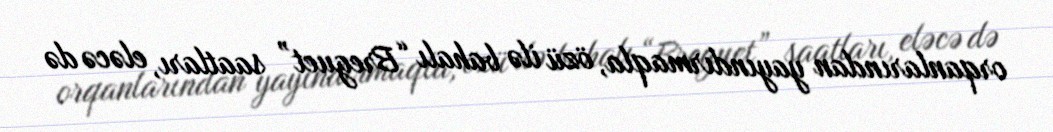
orqanlarından yayındırmaqla, özü ilə bahalı “Breguet” saatları, eləcə də